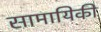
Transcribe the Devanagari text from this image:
सामायिकी